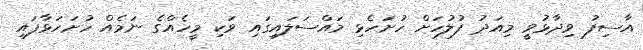
އާސިފު ވިދާޅުވީ މިއަދު ފުލުހަށް ހުށަހެޅި މަައްސަލައިގައި ވަކި މީހެއްގެ ނަމެއް ހުށަހަޅާފައި